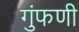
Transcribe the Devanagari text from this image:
गुंफणी